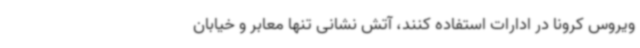
ویروس کرونا در ادارات استفاده کنند، آتش نشانی تنها معابر و خیابان